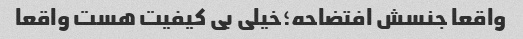
واقعا جنسش افتضاحه؛خیلی بی کیفیت هست واقعا